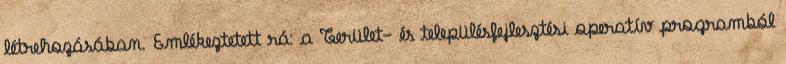
létrehozásában. Emlékeztetett rá: a Terület- és településfejlesztési operatív programból